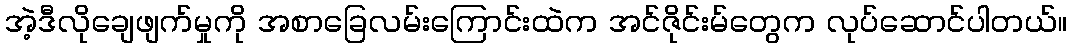
အဲ့ဒီလိုချေဖျက်မှုကို အစာခြေလမ်းကြောင်းထဲက အင်ဇိုင်းမ်တွေက လုပ်ဆောင်ပါတယ်။